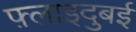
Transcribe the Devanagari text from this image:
फ़्लाइदुबई